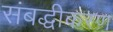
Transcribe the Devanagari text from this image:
संबद्धीकरण